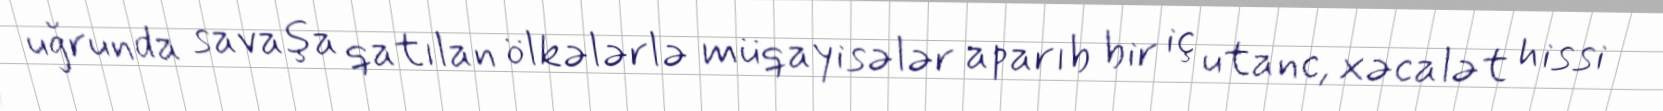
uğrunda savaşa qatılan ölkələrlə müqayisələr aparıb bir iç utanc, xəcalət hissi